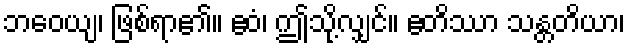
ဘဝေယျ၊ ဖြစ်ရာ၏။ ဧဝံ၊ ဤသို့လျှင်။ ဧတိဿာ သန္တတိယာ၊